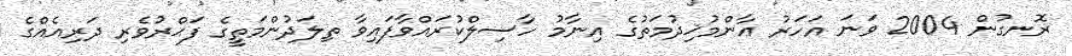
ރޮނގުން 2004 ވަނަ އަހަރު ޢާންމުޚިދުމަތުގެ އިނާމު ހާސިލްކުރައްވާފައިވާ ތިލަދުންމަތީގެ ފަޙްރުވެރި ދަރިއެއްގެ